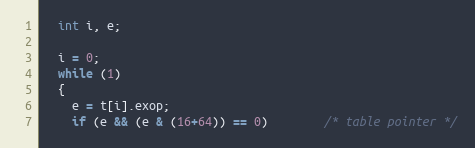
Language: C
  int i, e;

  i = 0;
  while (1)
  {
    e = t[i].exop;
    if (e && (e & (16+64)) == 0)        /* table pointer */